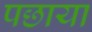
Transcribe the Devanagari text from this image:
पछाया